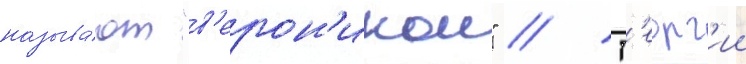
называ́ют "в'ерон'икои" // Г'еорг'ии